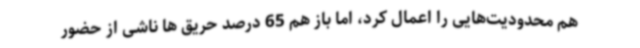
هم محدودیت‌هایی را اعمال کرد، اما باز هم 65 درصد حریق ها ناشی از حضور